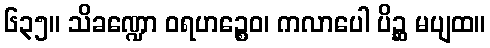
၆၃၅။ သိခဏ္ဍော ဝရဟဉ္စေဝ၊ ကလာပေါ ပိဉ္ဆ မပျထ။